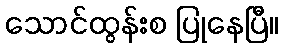
သောင်ထွန်းစ ပြုနေပြီ။